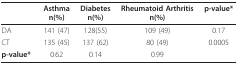
|  | Asthman(%) | Diabetesn(%) | Rheumatoid Arthritisn(%) | p-value* |
 | --- | --- | --- | --- | --- |
 | DA | 141 (47) | 128(55) | 109 (49) | 0.17 |
 | CT | 135 (45) | 137 (62) | 80 (49) | 0.0005 |
 | p-value* | 0.62 | 0.14 | 0.99 |  |